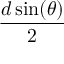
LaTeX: \frac { d \sin ( \theta ) } { 2 }